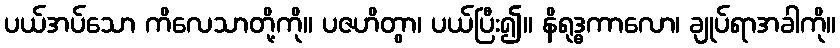
ပယ်အပ်သော ကိလေသာတို့ကို။ ပဇဟိတွာ၊ ပယ်ပြီး၍။ နိရုဒ္ဓကာလော၊ ချုပ်ရာအခါကို။